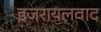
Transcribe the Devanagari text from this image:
इजरायलवाद